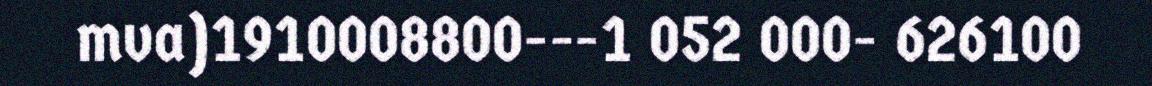
mva)1910008800---1 052 000- 626100